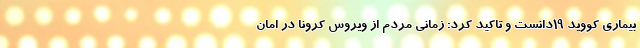
بیماری کووید ۱۹دانست و تاکید کرد: زمانی مردم از ویروس کرونا در امان